DOW-UAP-D48, Department of the Air Force Report, 1996
Agency: Department of War
Incident date: 9/10/96
Page 68
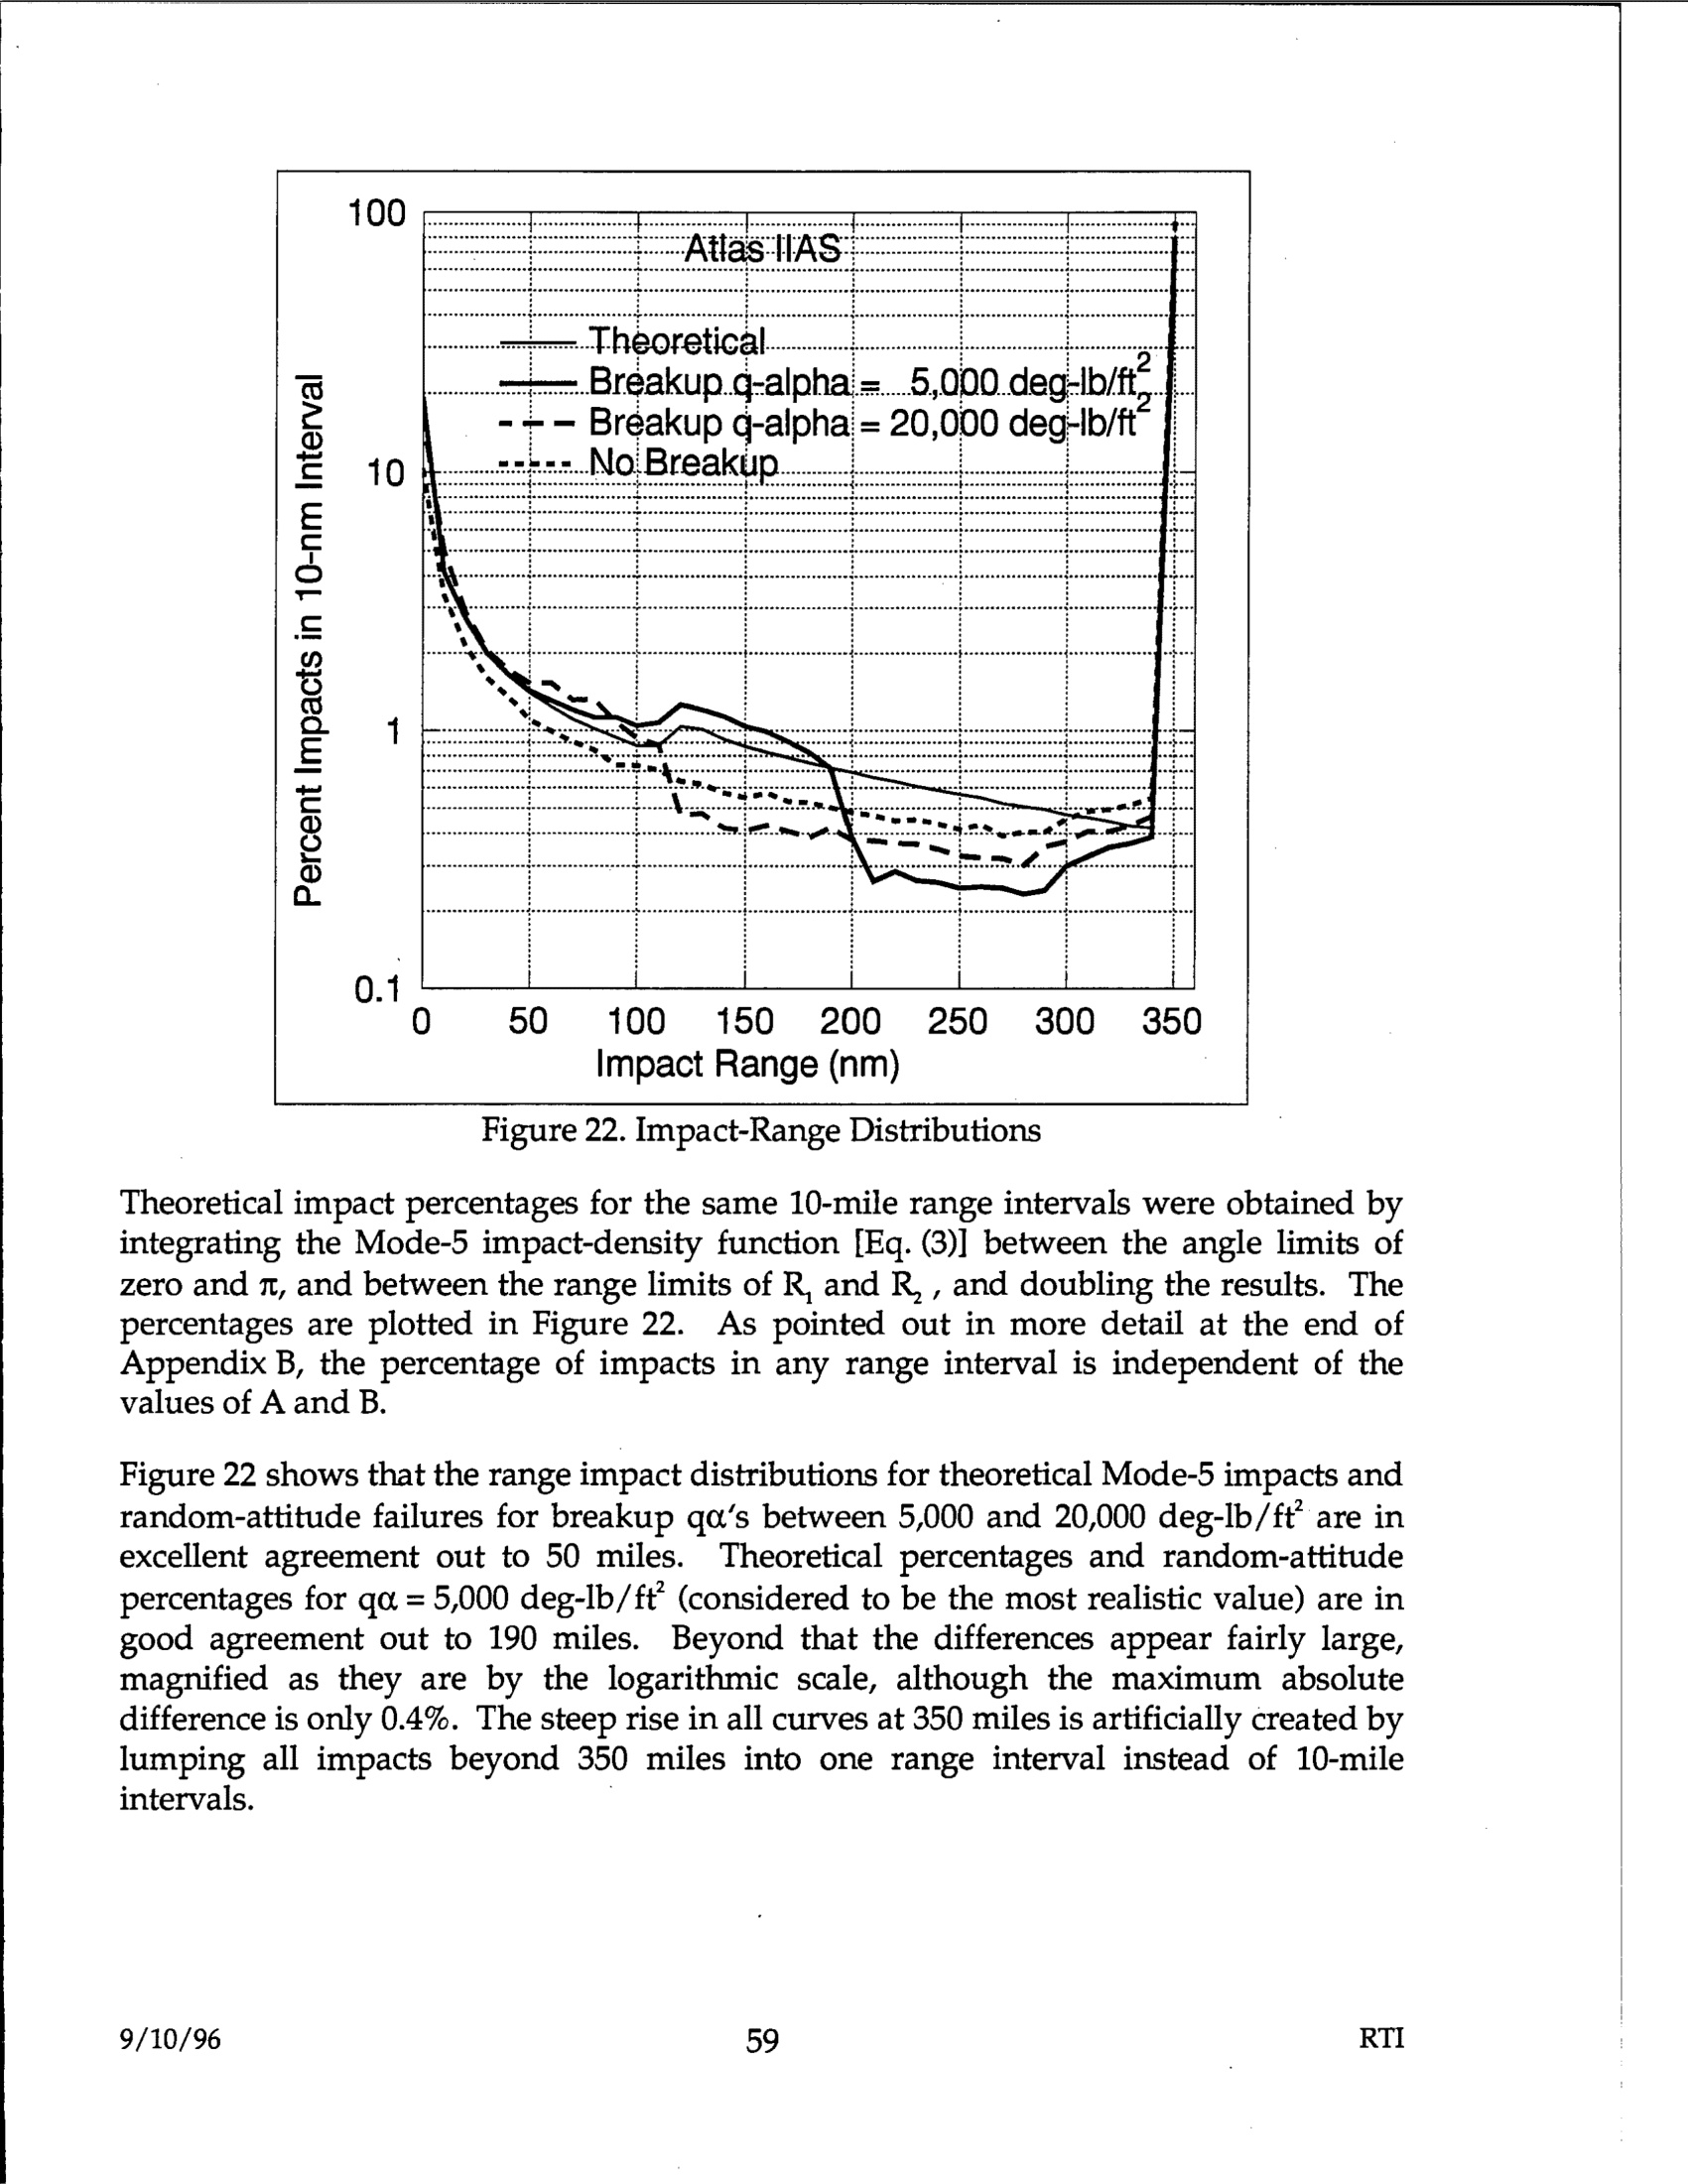